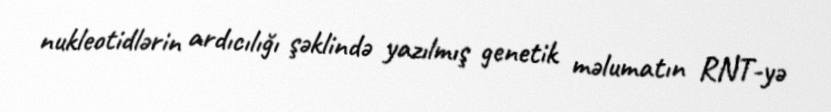
nukleotidlərin ardıcılığı şəklində yazılmış genetik məlumatın RNT-yə